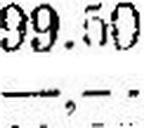
—.—